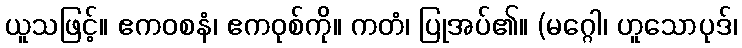
ယူသဖြင့်။ ဧကဝစနံ၊ ဧကဝုစ်ကို။ ကတံ၊ ပြုအပ်၏။ (မဂ္ဂေါ၊ ဟူသောပုဒ်၊